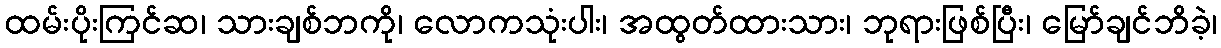
ထမ်းပိုးကြင်ဆ၊ သားချစ်ဘကို၊ လောကသုံးပါး၊ အထွတ်ထားသား၊ ဘုရားဖြစ်ပြီး၊ မြော်ချင်ဘိခဲ့၊